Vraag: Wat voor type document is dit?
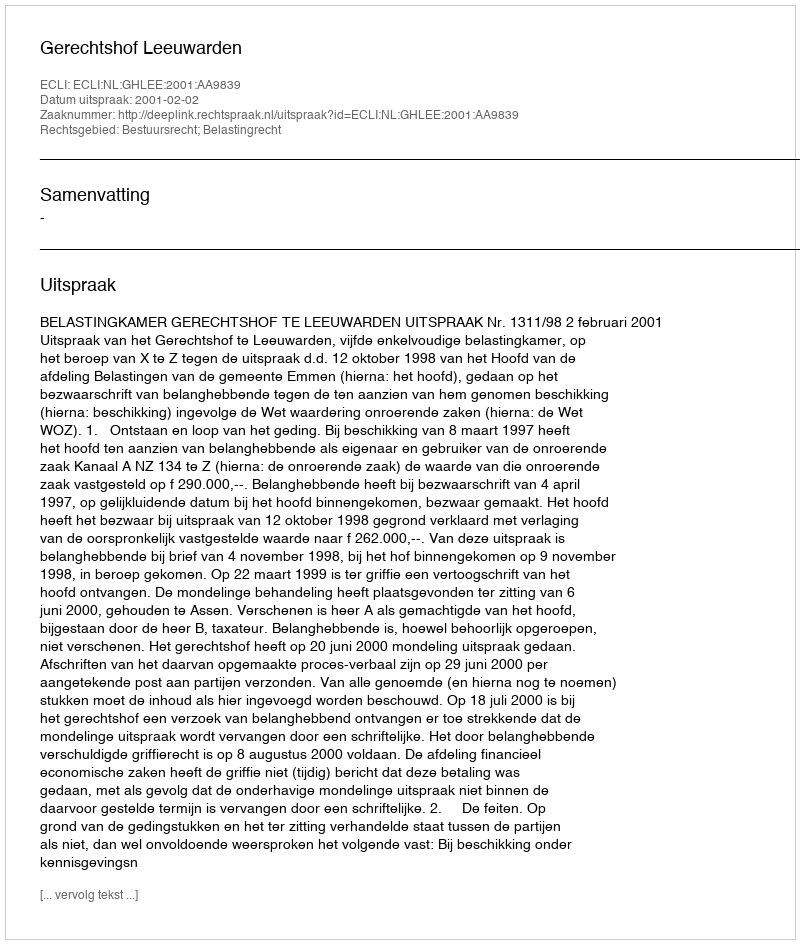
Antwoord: Uitspraak